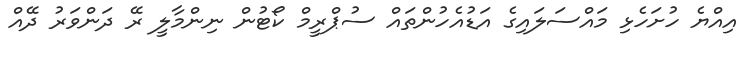
އިއްޔެ ހުށަހެޅި މައްްސަލައިގެ އަޑުއެހުންތައް ސުޕްރީމް ކޯޓުން ނިންމާލީ ރޭ ދަންވަރު ދޭއް